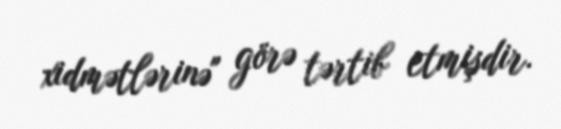
xidmətlərinə" görə tərtib etmişdir.